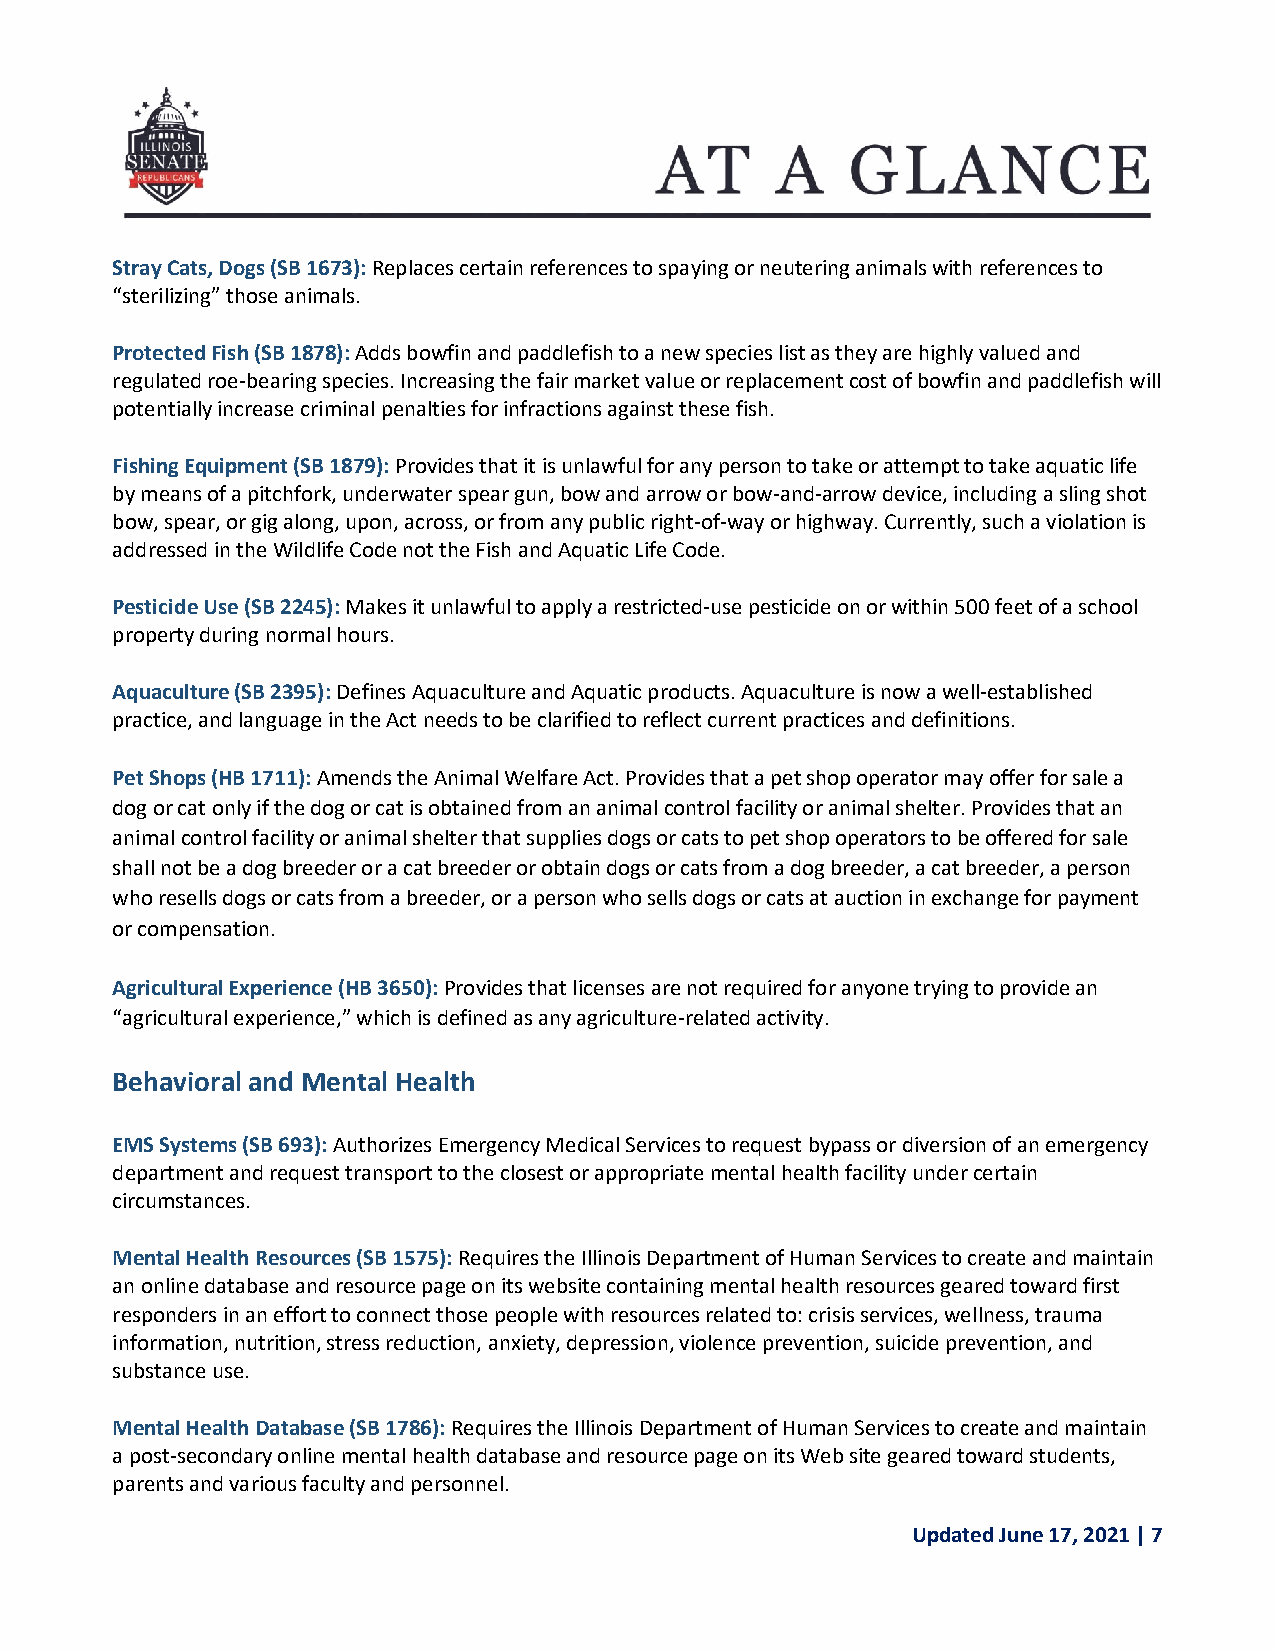
Stray Cats, Dogs (SB 1673): Replaces certain references to spaying or neutering animals with references to
 “sterilizing” those animals.
 Protected Fish (SB 1878): Adds bowfin and paddlefish to a new species list as they are highly valued and
 regulated roe-bearing species. Increasing the fair market value or replacement cost of bowfin and paddlefish will
 potentially increase criminal penalties for infractions against these fish.
 Fishing Equipment (SB 1879): Provides that it is unlawful for any person to take or attempt to take aquatic life
 by means of a pitchfork, underwater spear gun, bow and arrow or bow-and-arrow device, including a sling shot
 bow, spear, or gig along, upon, across, or from any public right-of-way or highway. Currently, such a violation is
 addressed in the Wildlife Code not the Fish and Aquatic Life Code.
 Pesticide Use (SB 2245): Makes it unlawful to apply a restricted-use pesticide on or within 500 feet of a school
 property during normal hours.
 Aquaculture (SB 2395): Defines Aquaculture and Aquatic products. Aquaculture is now a well-established
 practice, and language in the Act needs to be clarified to reflect current practices and definitions.
 Pet Shops (HB 1711): Amends the Animal Welfare Act. Provides that a pet shop operator may offer for sale a
 dog or cat only if the dog or cat is obtained from an animal control facility or animal shelter. Provides that an
 animal control facility or animal shelter that supplies dogs or cats to pet shop operators to be offered for sale
 shall not be a dog breeder or a cat breeder or obtain dogs or cats from a dog breeder, a cat breeder, a person
 who resells dogs or cats from a breeder, or a person who sells dogs or cats at auction in exchange for payment
 or compensation.
 Agricultural Experience (HB 3650): Provides that licenses are not required for anyone trying to provide an
 “agricultural experience,” which is defined as any agriculture-related activity.
 Behavioral and Mental Health
 EMS Systems (SB 693): Authorizes Emergency Medical Services to request bypass or diversion of an emergency
 department and request transport to the closest or appropriate mental health facility under certain
 circumstances.
 Mental Health Resources (SB 1575): Requires the Illinois Department of Human Services to create and maintain
 an online database and resource page on its website containing mental health resources geared toward first
 responders in an effort to connect those people with resources related to: crisis services, wellness, trauma
 information, nutrition, stress reduction, anxiety, depression, violence prevention, suicide prevention, and
 substance use.
 Mental Health Database (SB 1786): Requires the Illinois Department of Human Services to create and maintain
 a post-secondary online mental health database and resource page on its Web site geared toward students,
 parents and various faculty and personnel.
 Updated June 17, 2021 | 7